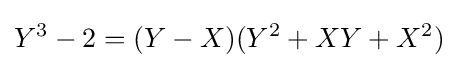
Y^{3}-2=(Y-X)(Y^{2}+XY+X^{2})